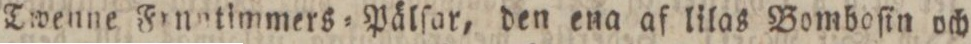
Twenne Frnetimmers=Pälſar, den ena af lilas Bomboſin och